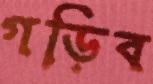
গড়িব